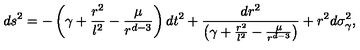
d s ^ { 2 } = - \left( \gamma + \frac { r ^ { 2 } } { l ^ { 2 } } - \frac { \mu } { r ^ { d - 3 } } \right) d t ^ { 2 } + \frac { d r ^ { 2 } } { \left( \gamma + \frac { r ^ { 2 } } { l ^ { 2 } } - \frac { \mu } { r ^ { d - 3 } } \right) } + r ^ { 2 } d \sigma _ { \gamma } ^ { 2 } ,